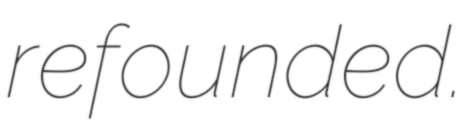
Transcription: refounded.